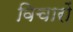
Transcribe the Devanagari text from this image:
विचारों